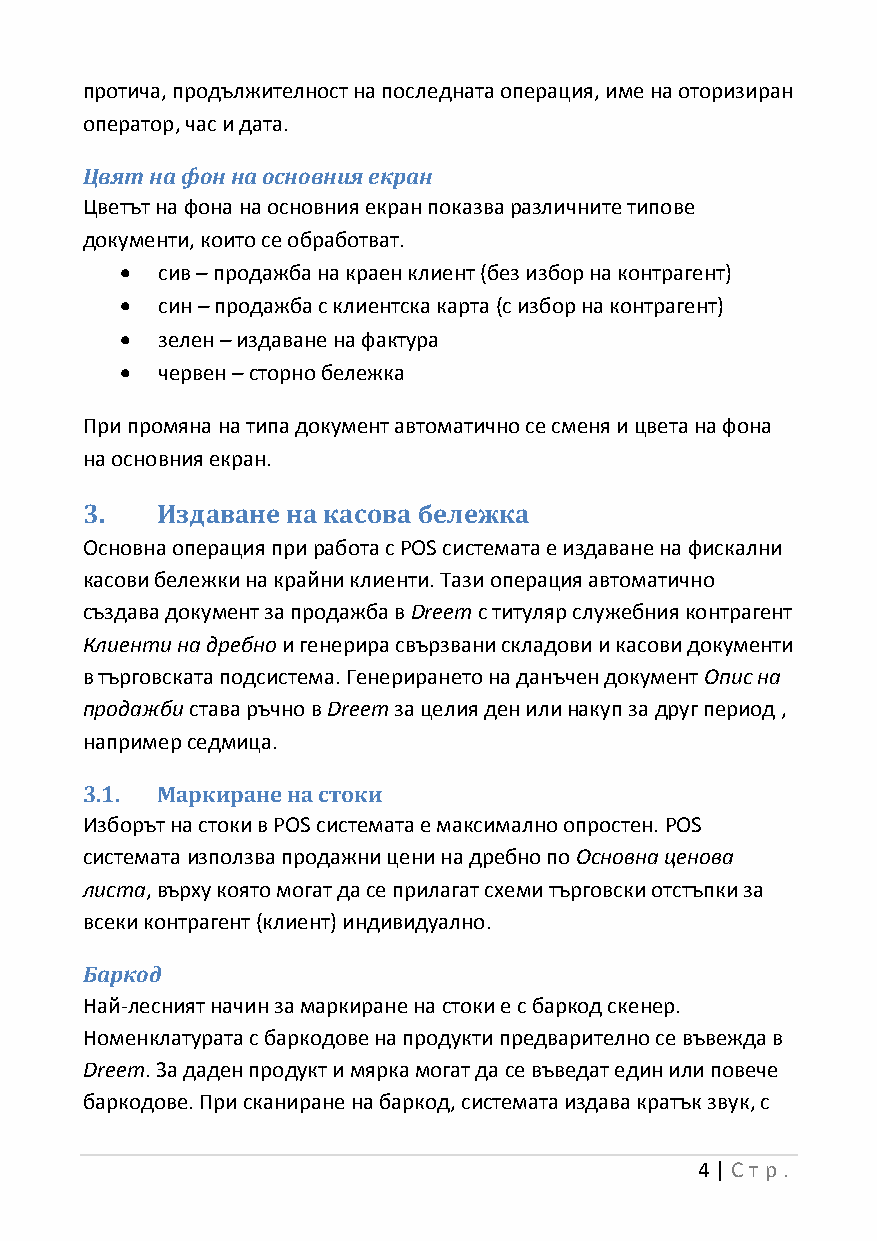
протича, продължителност на последната операция, име на оторизиран
 оператор, час и дата.
 Цвят на фон на основния екран
 Цветът на фона на основния екран показва различните типове
 документи, които се обработват.
  сив – продажба на краен клиент (без избор на контрагент)
  син – продажба с клиентска карта (с избор на контрагент)
  зелен – издаване на фактура
  червен – сторно бележка
 При промяна на типа документ автоматично се сменя и цвета на фона
 на основния екран.
 3.   Издаване на касова бележка
 Основна операция при работа с POS системата е издаване на фискални
 касови бележки на крайни клиенти. Тази операция автоматично
 създава документ за продажба в Dreem с титуляр служебния контрагент
 Клиенти на дребно и генерира свързвани складови и касови документи
 в търговската подсистема. Генерирането на данъчен документ Опис на
 продажби става ръчно в Dreem за целия ден или накуп за друг период ,
 например седмица.
 3.1. Маркиране на стоки
 Изборът на стоки в POS системата е максимално опростен. POS
 системата използва продажни цени на дребно по Основна ценова
 листа, върху която могат да се прилагат схеми търговски отстъпки за
 всеки контрагент (клиент) индивидуално.
 Баркод
 Най-лесният начин за маркиране на стоки е с баркод скенер.
 Номенклатурата с баркодове на продукти предварително се въвежда в
 Dreem. За даден продукт и мярка могат да се въведат един или повече
 баркодове. При сканиране на баркод, системата издава кратък звук, с
 4 | Ст р.